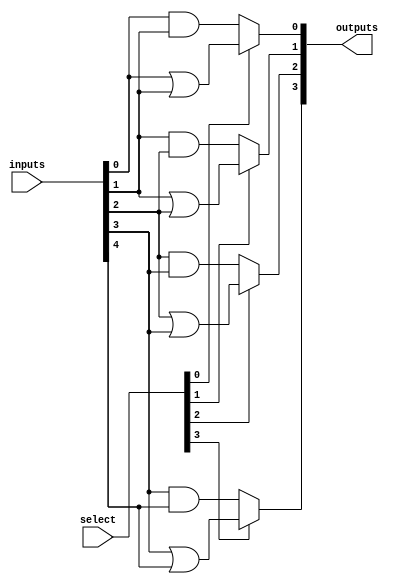
module combinational_logic_block (
    input wire [N-1:0] inputs,        // N input lines
    input wire [M-1:0] select,        // M selection lines for multiplexers
    output wire [P-1:0] outputs       // P output lines
);

// Parameters for the number of inputs, outputs, and multiplexers
parameter N = 8; // Number of input lines
parameter M = 4; // Number of select lines for multiplexers
parameter P = 4; // Number of output lines

// Internal signals
wire [N-1:0] and_outputs;           // Outputs from AND gates
wire [N-1:0] or_outputs;            // Outputs from OR gates
wire [N-1:0] not_outputs;           // Outputs from NOT gates
wire [N-1:0] mux_outputs;           // Outputs from multiplexers

// Example of configurable logic gates
// AND gates
generate
    genvar i;
    for (i = 0; i < N; i = i + 1) begin : and_gates
        assign and_outputs[i] = inputs[i] & inputs[(i+1) % N]; // Example AND operation
    end
endgenerate

// OR gates
generate
    for (i = 0; i < N; i = i + 1) begin : or_gates
        assign or_outputs[i] = inputs[i] | inputs[(i+1) % N]; // Example OR operation
    end
endgenerate

// NOT gates
generate
    for (i = 0; i < N; i = i + 1) begin : not_gates
        assign not_outputs[i] = ~inputs[i]; // NOT operation
    end
endgenerate

// Multiplexer logic
generate
    for (i = 0; i < P; i = i + 1) begin : multiplexers
        assign mux_outputs[i] = (select[i] == 1'b0) ? and_outputs[i] : or_outputs[i];
    end
endgenerate

// Final outputs
assign outputs = mux_outputs;

endmodule